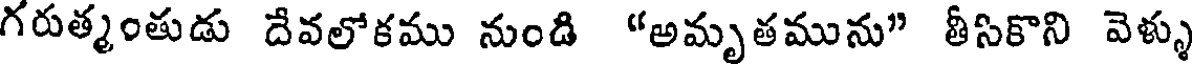
గరుత్మంతుడు దేవలోకము నుండి "అమృతమును" తీసికొని వెళ్ళు